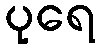
ပုရေ